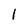
Character: l